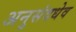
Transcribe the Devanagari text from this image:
अनुसंदधेव